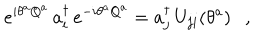
e ^ { i \theta ^ { a } Q ^ { a } } \, a _ { i } ^ { \dagger } \, e ^ { - i \theta ^ { a } Q ^ { a } } = a _ { j } ^ { \dagger } \, U _ { j i } ( \theta ^ { a } ) \ \ \ ,